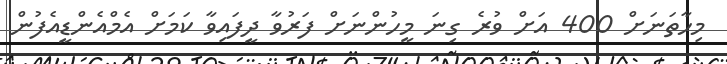
މިހާތަނަށް 400 އަށް ވުރެ ގިނަ މީހުންނަށް ފަރުވާ ދީފައިވާ ކަމަށް އެމްއެންޑީއެފުން